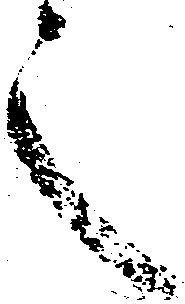
之